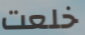
خلعت